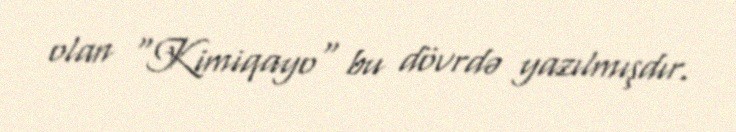
olan "Kimiqayo" bu dövrdə yazılmışdır.